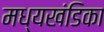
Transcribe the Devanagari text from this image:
मध्यखंडिका